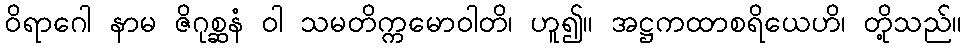
ဝိရာဂေါ နာမ ဇိဂုစ္ဆနံ ဝါ သမတိက္ကမောဝါတိ၊ ဟူ၍။ အဋ္ဌကထာစရိယေဟိ၊ တို့သည်။